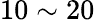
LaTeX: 10\sim 20